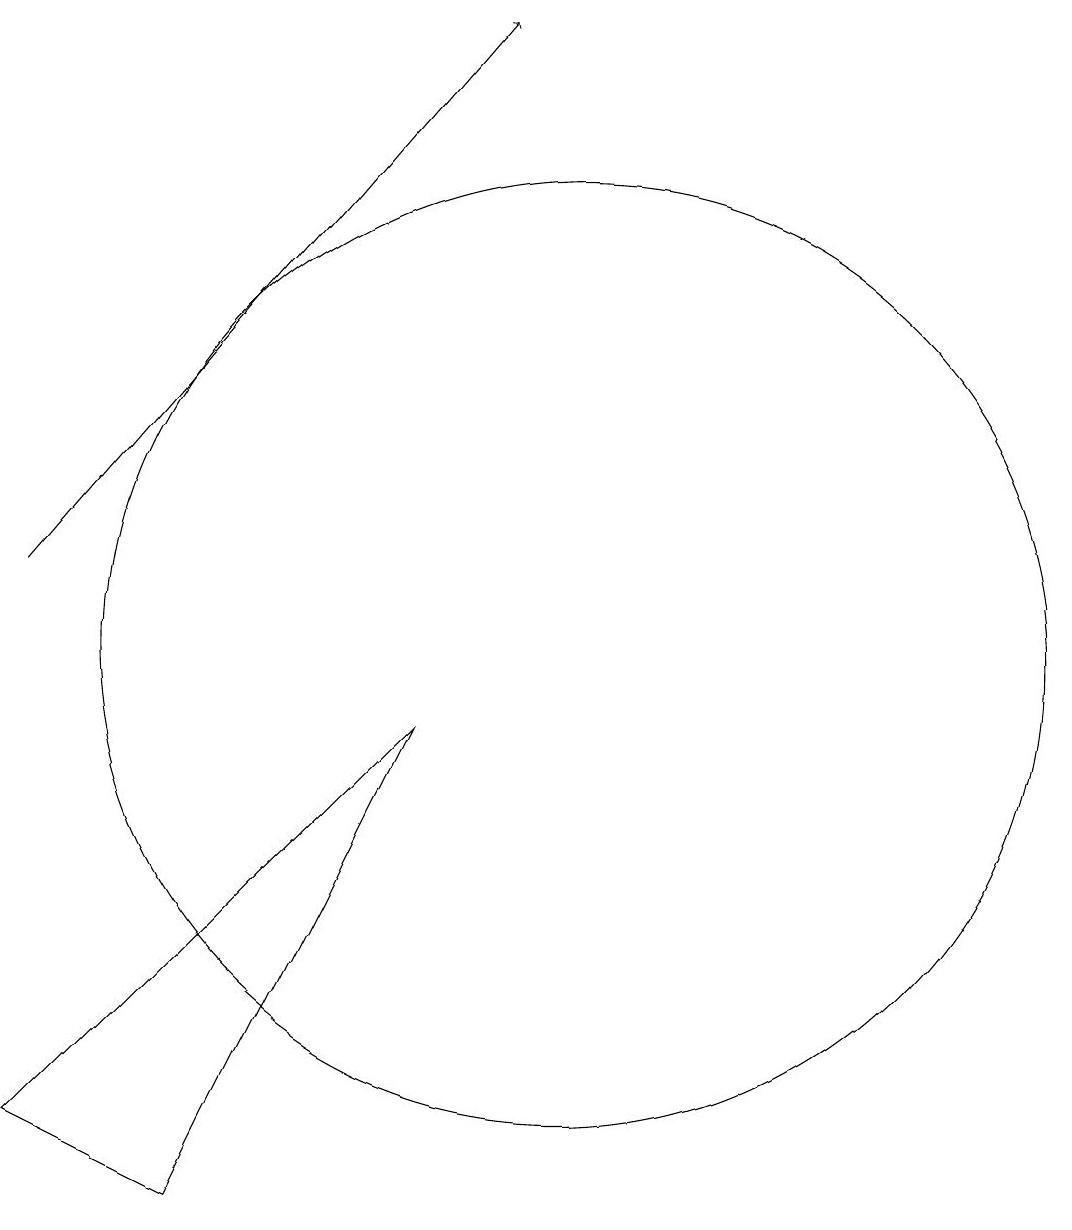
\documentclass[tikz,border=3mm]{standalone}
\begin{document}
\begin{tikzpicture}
\draw[->] (3,11) -- (9,18);
\draw (10,10) circle (6);
\draw (3,4) -- (5,3) -- (8,9) -- cycle;
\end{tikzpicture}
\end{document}